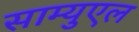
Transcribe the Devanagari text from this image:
साम्युएल